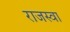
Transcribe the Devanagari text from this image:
राजस्वा